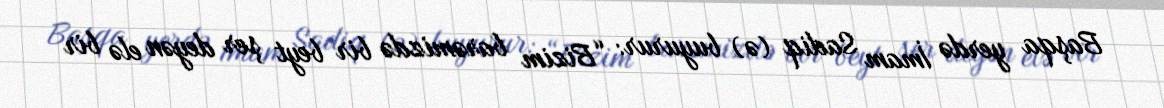
Başqa yerdə İmam Sadiq (ə) buyurur: “Bizim barəmizdə bir beyt şer deyən elə bir